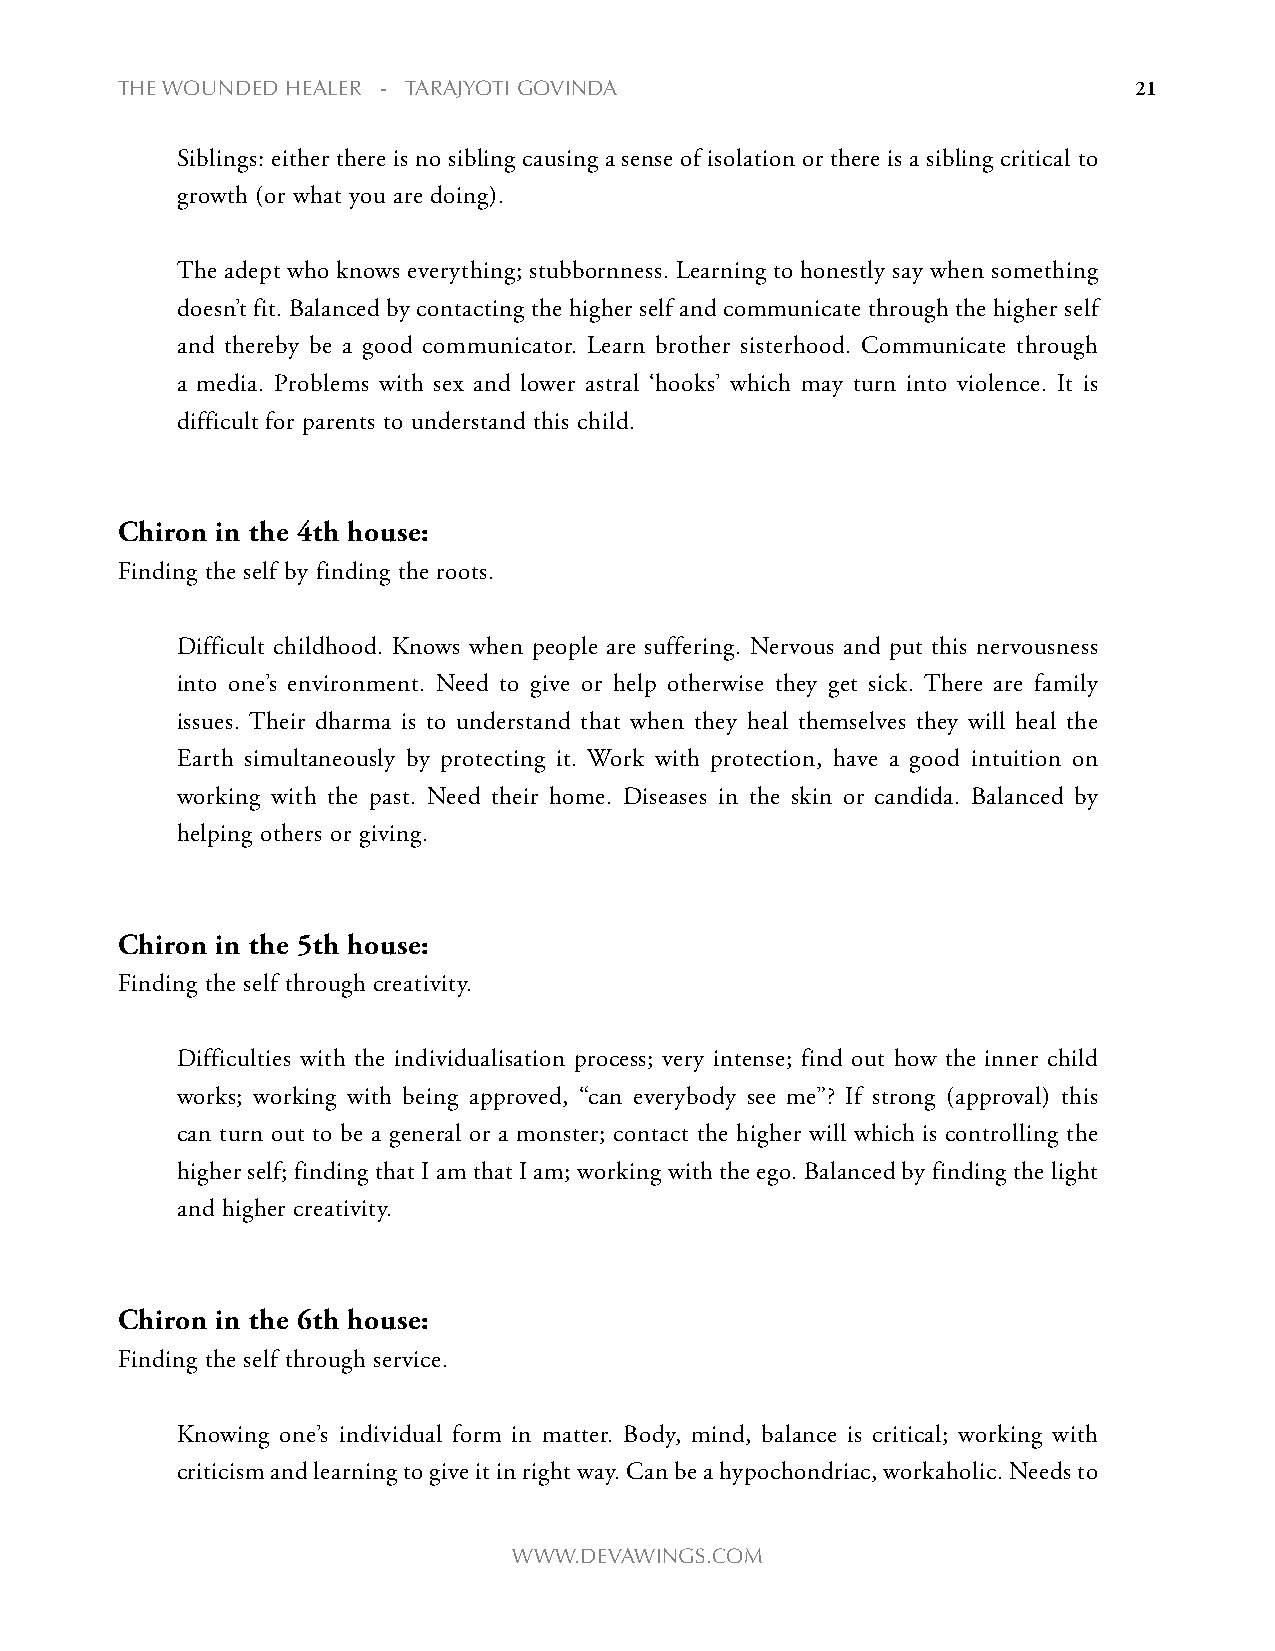
the WOUNDeD heALeR - tARAjyOti gOviNDA                             21
 Siblings: either there is no sibling causing a sense of isolation or there is a sibling critical to
 growth (or what you are doing).
 The adept who knows everything; stubbornness. Learning to honestly say when something
 doesn’t fit. Balanced by contacting the higher self and communicate through the higher self
 and thereby be a good communicator. Learn brother sisterhood. Communicate through
 a media. Problems with sex and lower astral ‘hooks’ which may turn into violence. It is
 difficult for parents to understand this child.
 Chiron in the 4th house:
 Finding the self by finding the roots.
 Difficult childhood. Knows when people are suffering. Nervous and put this nervousness
 into one’s environment. Need to give or help otherwise they get sick. There are family
 issues. Their dharma is to understand that when they heal themselves they will heal the
 Earth simultaneously by protecting it. Work with protection, have a good intuition on
 working with the past. Need their home. Diseases in the skin or candida. Balanced by
 helping others or giving.
 Chiron in the 5th house:
 Finding the self through creativity.
 Difficulties with the individualisation process; very intense; find out how the inner child
 works; working with being approved, “can everybody see me”? If strong (approval) this
 can turn out to be a general or a monster; contact the higher will which is controlling the
 higher self; finding that I am that I am; working with the ego. Balanced by finding the light
 and higher creativity.
 Chiron in the 6th house:
 Finding the self through service.
 Knowing one’s individual form in matter. Body, mind, balance is critical; working with
 criticism and learning to give it in right way. Can be a hypochondriac, workaholic. Needs to
 WWW.DevAWiNgs.cOm